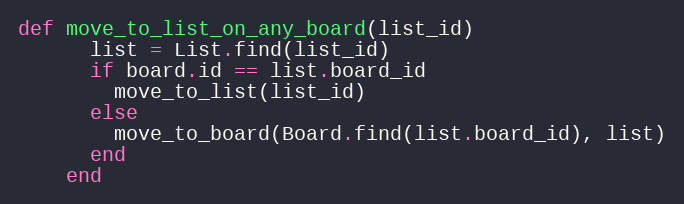
Language: Ruby
def move_to_list_on_any_board(list_id)
      list = List.find(list_id)
      if board.id == list.board_id
        move_to_list(list_id)
      else
        move_to_board(Board.find(list.board_id), list)
      end
    end